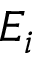
E _ { i }